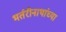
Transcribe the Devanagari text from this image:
भर्तरीनाथांच्या